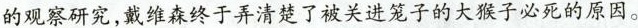
的观察研究，戴维森终于弄清楚了被关进笼子的大猴子必死的原因。